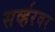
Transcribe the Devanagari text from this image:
सर्व्हरवर